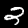
Digit: 2